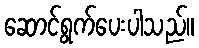
ဆောင်ရွက်ပေးပါသည်။